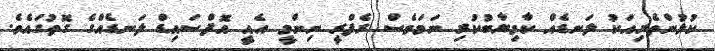
ކުޅުންތެރިއަކު ލަނޑެއް ކާމިޔާބުކުރި ނަމަވެސް ރެފްރީ ނިންމީ އެއީ އޮފްސައިޑް ލަނޑެއްގެ ގޮތުގައެވެ.